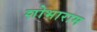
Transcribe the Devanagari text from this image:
शोभाराम